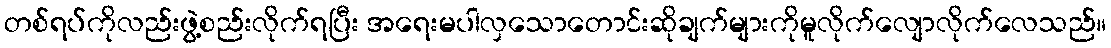
တစ်ရပ်ကိုလည်းဖွဲ့စည်းလိုက်ရပြီး အရေးမပါလှသောတောင်းဆိုချက်များကိုမူလိုက်လျောလိုက်လေသည်။